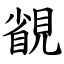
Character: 䚇